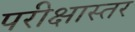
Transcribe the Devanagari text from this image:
परीक्षास्तर